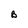
Character: B